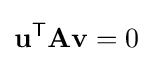
\mathbf {u} ^{\mathsf {T}}\mathbf {A} \mathbf {v} =0